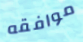
موافقه